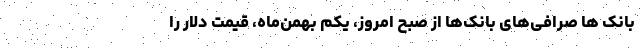
بانک ها صرافی‌های بانک‌ها از صبح امروز، یکم بهمن‌ماه، قیمت دلار را